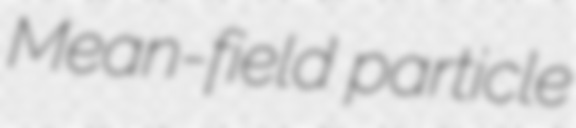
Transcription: Mean-field particle